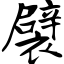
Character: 襞